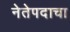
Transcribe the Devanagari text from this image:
नेतेपदाचा